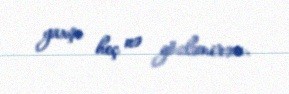
yaxşı heç nə gözləmirəm.